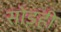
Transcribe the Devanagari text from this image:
सोंडही